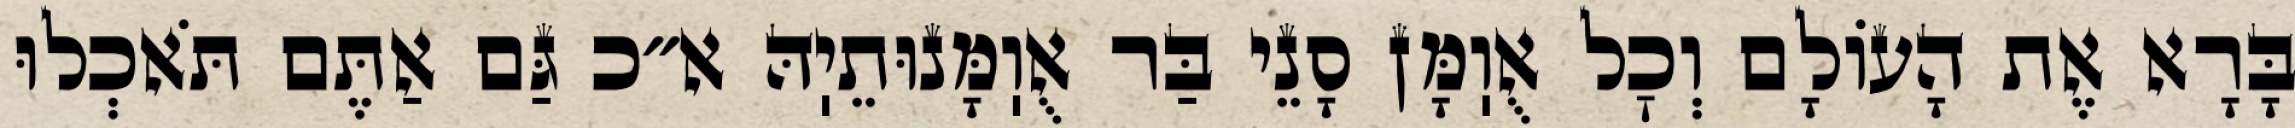
בָּרָא אֶת הָעוֹלָם וְכׇל אֻוֽמָּן סָנֵי בַּר אֻוֽמָּנוּתֵיֽהּ א״כ גַּם אַתֶּם תֹּאכְלוּ